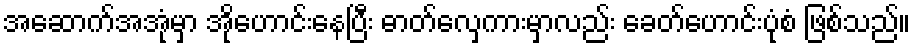
အဆောက်အအုံမှာ အိုဟောင်းနေပြီး ဓာတ်လှေကားမှာလည်း ခေတ်ဟောင်းပုံစံ ဖြစ်သည်။